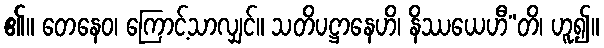
၏။ တေနေဝ၊ ကြောင့်သာလျှင်။ သတိပဋ္ဌာနေဟိ၊ နိဿယေဟီ”တိ၊ ဟူ၍။